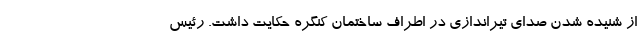
از شنیده شدن صدای تیراندازی در اطراف ساختمان کنگره حکایت داشت. رئيس